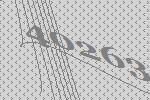
40263